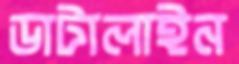
ডাটালাইন